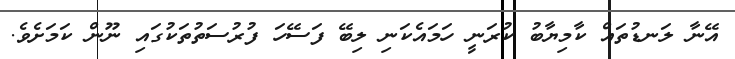
އޭނާ ލަނޑުތައް ކާމިޔާބު ކުރަނީ ހަމައެކަނި ލިބޭ ފަސޭހަ ފުރުސަތުތަކުގައި ނޫން ކަމަށެވެ.